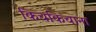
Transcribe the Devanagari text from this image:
किचकिचाना